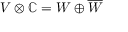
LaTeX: V \otimes \mathbb { C } = W \oplus { \overline { { W } } }